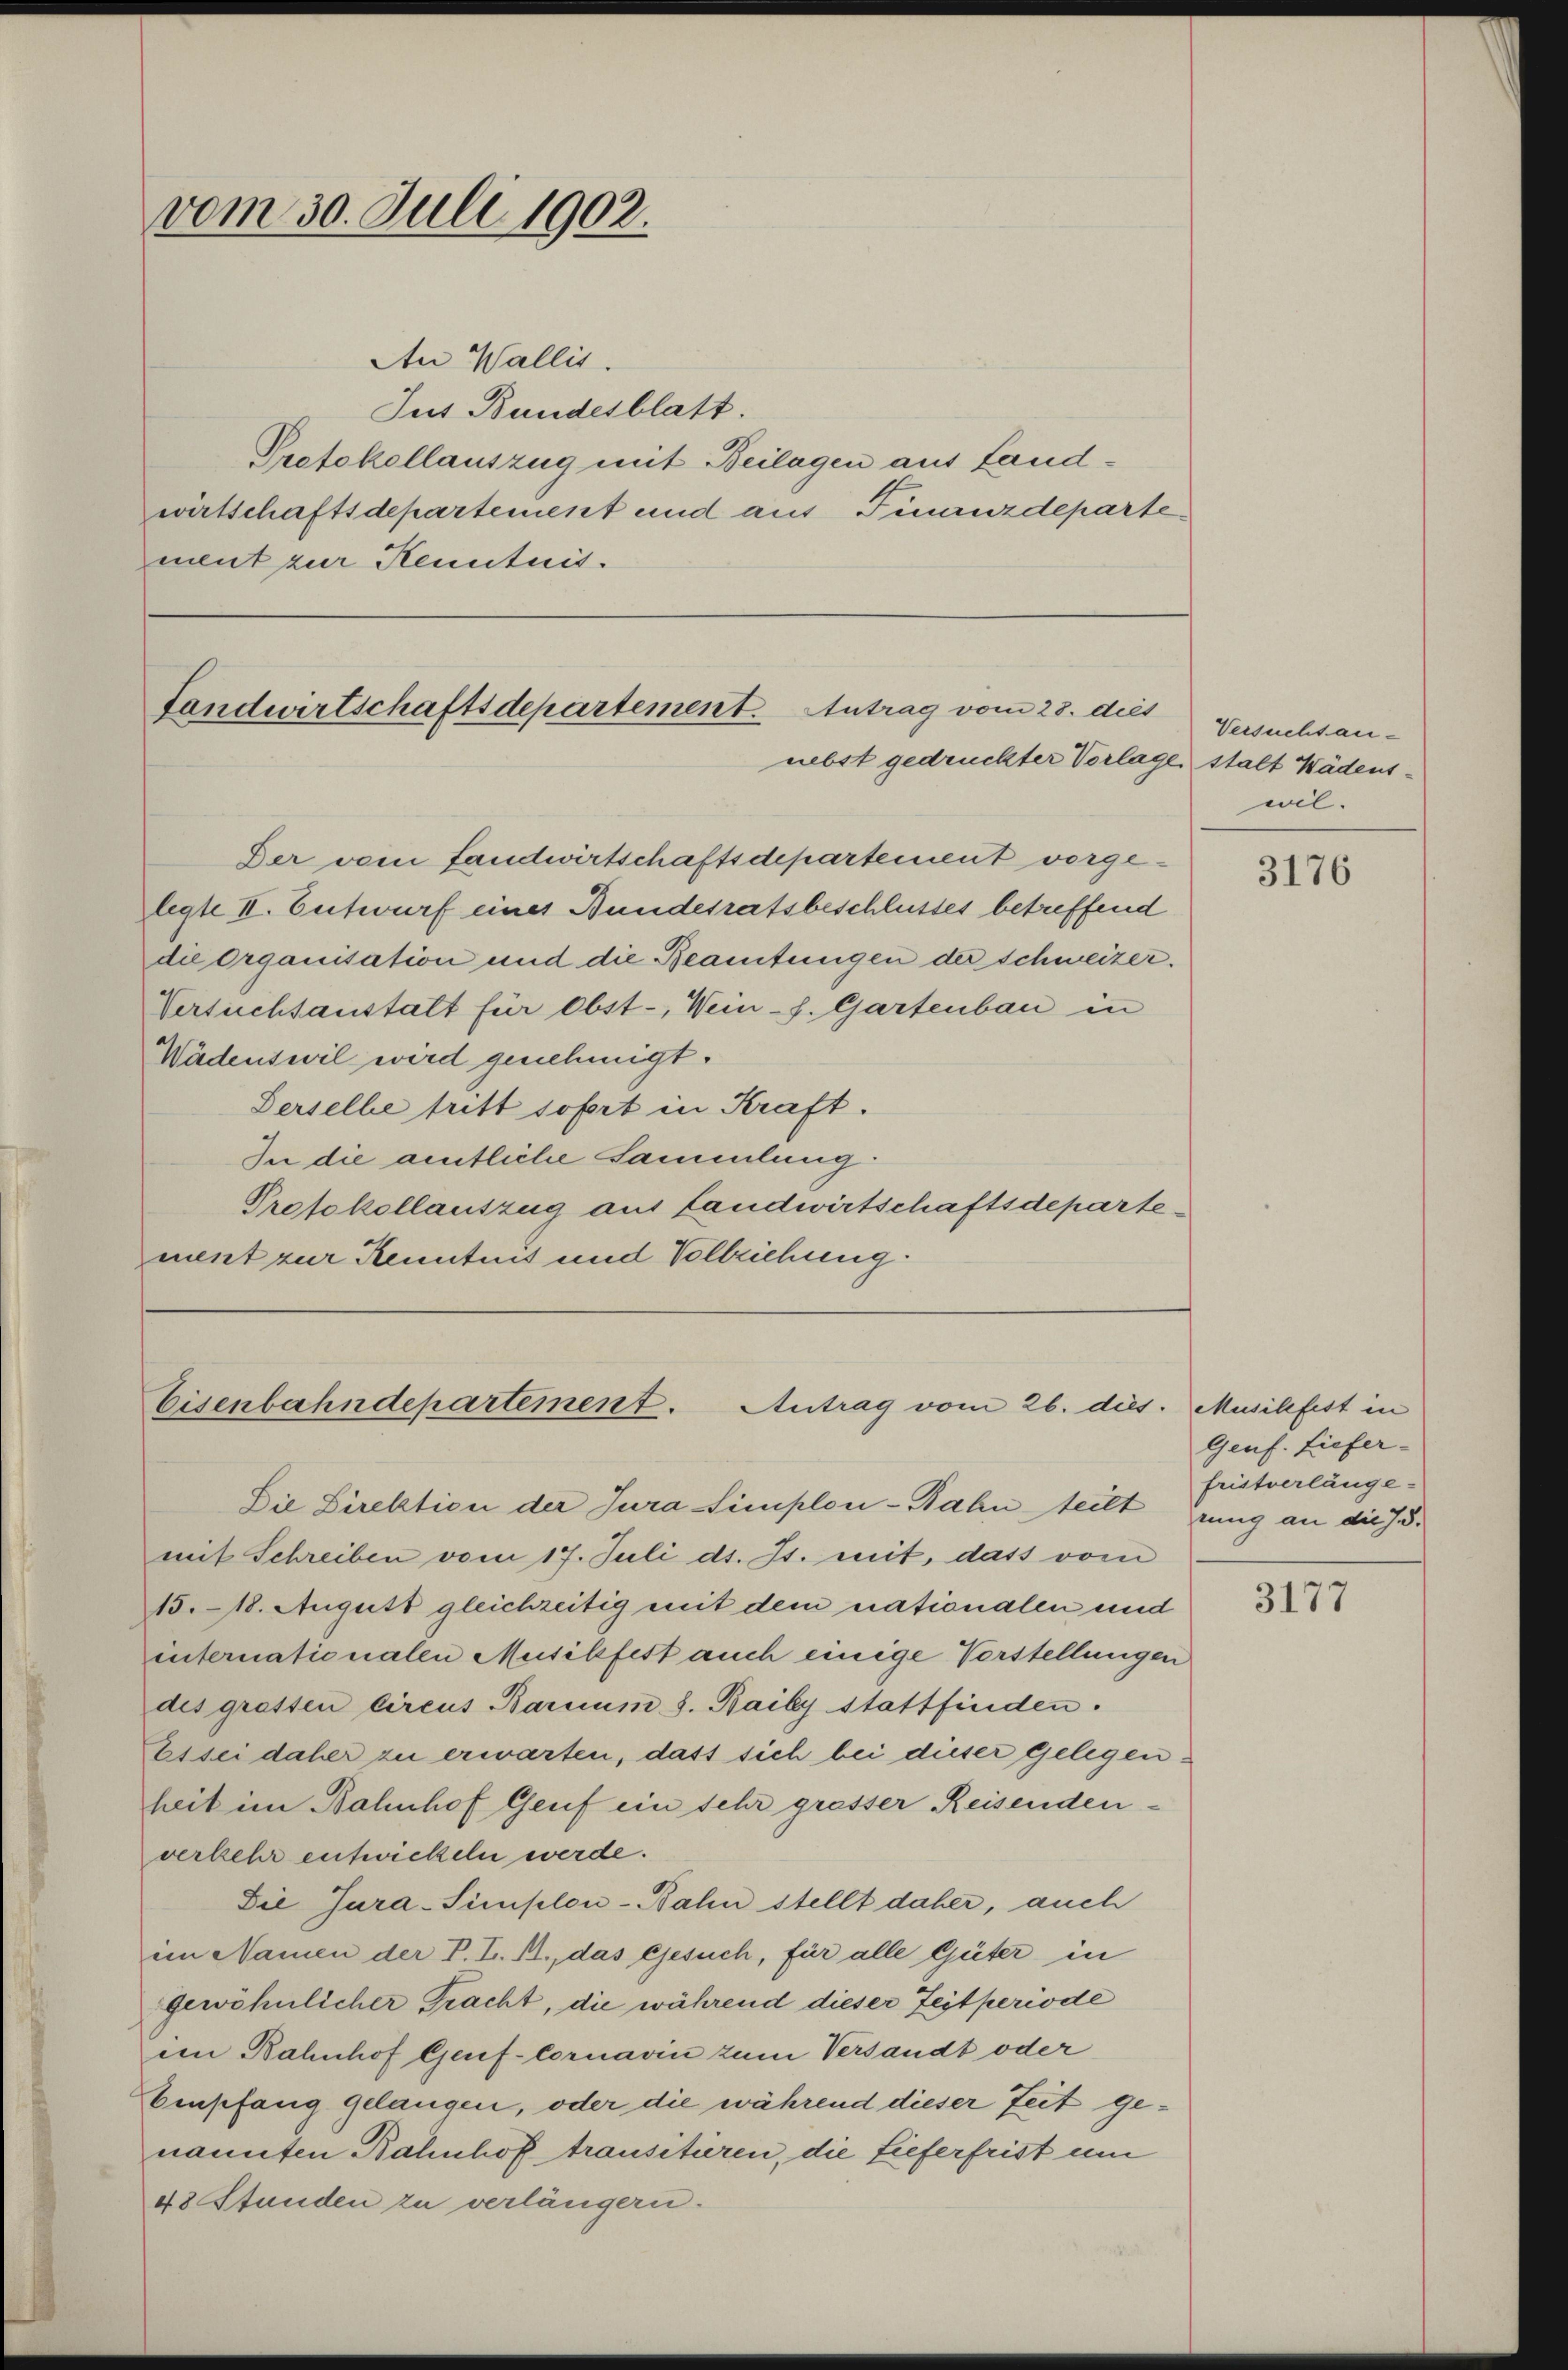
An Wallis.
Jus Bundesblatt.
Protokollauszug mit Beilagen aus Landwirtschaftsdepartement und aus Finanzdepartement zur Kenntnis.

vom 30. Juli 1902.

Landwirtschaftsdepartement. Antrag vom 28. dies
nebst gedruckter Vorlage stalt Wädens¬

Eisenbahndepartement. Antrag vom 26. dies. Musikfest in
Die Direktion der Jura Simplon-Bahn teilt Grung an die J. S.

Der vom Landwirtschaftsdepartement vorgelegte II. Entwurf eines Bundesratsbeschlusses betreffend
die Organisation und die Beamtungen der Schweizer.
Versuchtanstalt für Obst-, Weins. Gartenbau in
Wädenswil wird genehmigt.
Serselbe tritt sofort in Kraft.
In die amtliche Sammlung:
Protokollauszug aus Landwirtschaftsdepartement zur Kenntnis und Vollziehung.

Versuchtan-
wil.

mit Schreiben vom 17. Juli d. Js. mit, dass vom
15. 18. August gleichzeitig mit dem nationalen und
internationalen Musikfest auch einige Verstellungen
des gratten Circus Barcium d. Baiby stattfinden.
Essei daher zu erwarten, dass sich bei dieser gelegenheit im Bahnhof Genf ein sehr grosser Reisendenverkehr entwickeln werde.
Die Jura-Simplon-Bahn stellt daher, auch
im Namen der P. L. R., das Gesuch, für alle Güter in
gewöhnlicher Tracht, die während dieser Zeitperiode
ein Bahnhof Genf-Cornavin zum Versandt oder
Empfang gelangen, oder die während dieser Zeit genannten Bahnhof transitieren, die Lieferfrist um
48 Stunden zu verlängern.

3176

Genf. Tiefer-
fristverlänge-

3177